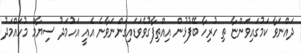
ދައްނަވާ ކަމުގައިވަންޏާ ތި ހުރިހާ ބޭފުޅުން އިއްތިފާގުވެވަޑައިގަންނަވާނެ އެއީ އަހުމަދު ސިޔާމް މުހައްމަދު